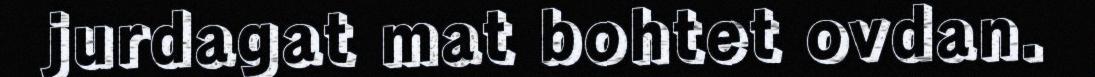
jurdagat mat bohtet ovdan.